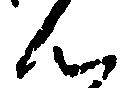
ん